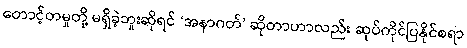
တောင့်တမှုတို့ မရှိခဲ့ဘူးဆိုရင် ‘အနာဂတ်’ ဆိုတာဟာလည်း ဆုပ်ကိုင်ပြနိုင်စရာ